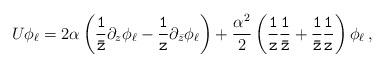
LaTeX: \begin{align*}U\phi_{\ell}=2\alpha\left({\tt \frac{1}{\bar{z}}}\partial_z\phi_{\ell}-{\tt \frac{1}{z}}\partial_{\bar{z}}\phi_{\ell}\right)+\frac{\alpha^2}{2}\left({\tt \frac{1}{z}{\tt \frac{1}{\bar{z}}}}+{\tt \frac{1}{\bar{z}}}{\tt\frac{1}{z}}\right)\phi_{\ell}\, ,\end{align*}